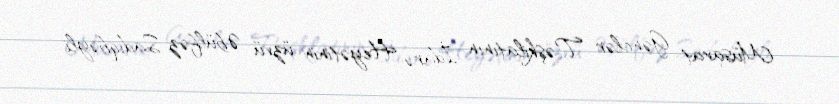
Müsavat Gənclər Təşkilatının İdarə Heyətinin üzvü Əbülfəz Sadıqbəyli